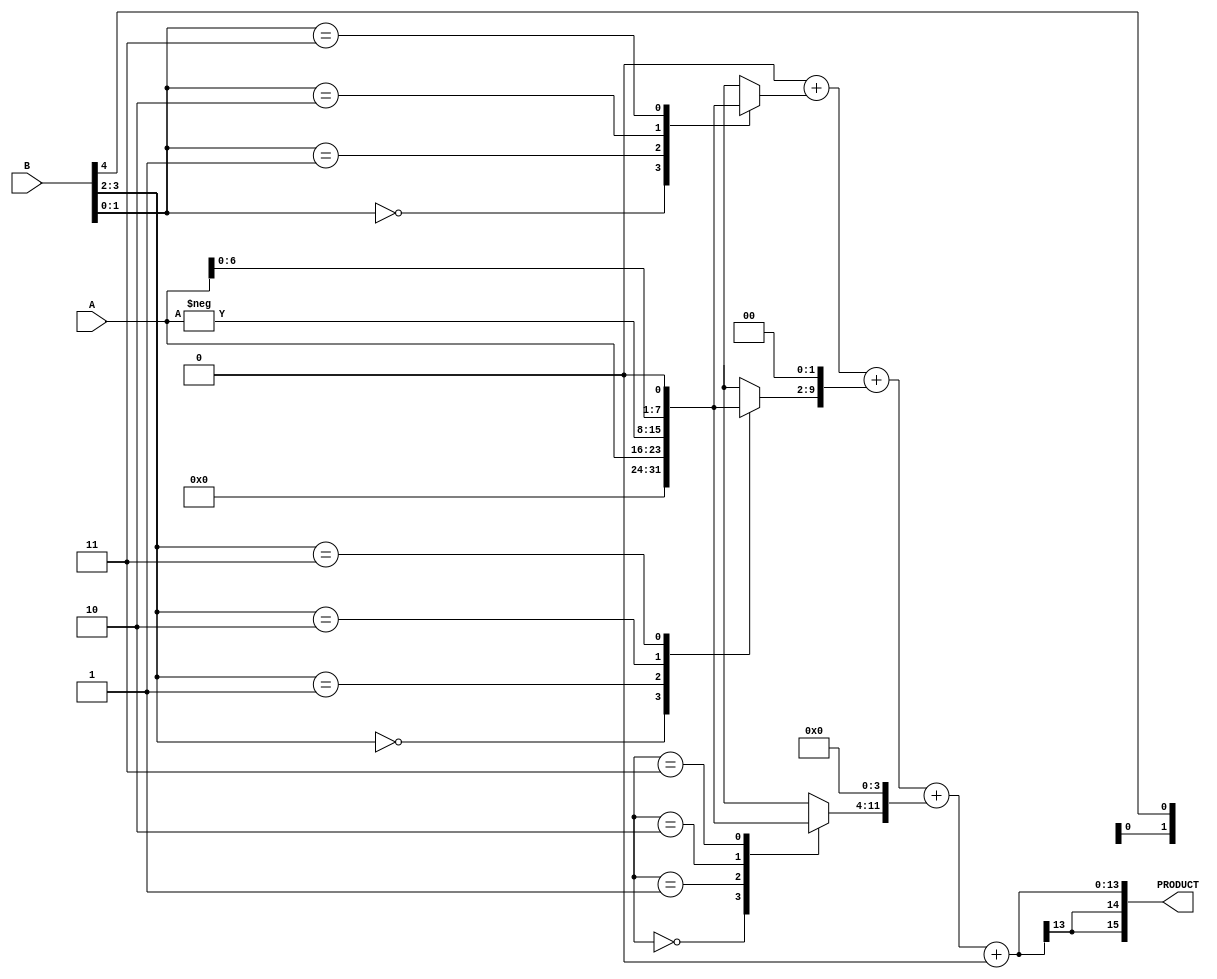
module radix4_multiplier #(
    parameter WIDTH = 8 // Bit-width of inputs
)(
    input wire signed [WIDTH-1:0] A, // Multiplicand
    input wire signed [WIDTH-1:0] B, // Multiplier
    output reg signed [2*WIDTH-1:0] PRODUCT // Product output
);

    // Internal signals
    reg signed [WIDTH-1:0] partial_products [0:WIDTH/2]; // Storage for partial products
    reg [WIDTH/2:0] booth_reg; // Booth's register for encoding
    integer i;

    always @* begin
        // Initialize partial products
        for (i = 0; i < WIDTH/2; i = i + 1) begin
            partial_products[i] = 0;
        end
        
        // Initialize Booth's register
        booth_reg = {1'b0, B}; // Extend B with an extra bit for proper encoding

        // Generate partial products based on Booth's encoding
        for (i = 0; i < WIDTH; i = i + 2) begin
            case (booth_reg[i+1:i])
                2'b00: partial_products[i/2] = 0; // No action
                2'b01: partial_products[i/2] = A; // +A
                2'b10: partial_products[i/2] = -A; // -A (2's complement)
                2'b11: partial_products[i/2] = A << 1; // 2A
                default: partial_products[i/2] = 0;
            endcase
        end

        // Accumulate partial products
        PRODUCT = 0; // Initialize PRODUCT
        for (i = 0; i < WIDTH/2; i = i + 1) begin
            PRODUCT = PRODUCT + (partial_products[i] << (i * 2)); // Align partial products
        end
    end
endmodule